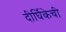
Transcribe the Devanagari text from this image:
दीर्घिकेची